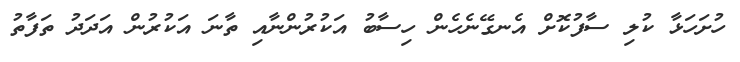
ހުށަހަޅާ ކުލި ސާފުކޮށް އެނގޭނެހެން ހިސާބު އަކުރުންނާއި ތާނަ އަކުރުން އަދަދު ތަފާތު